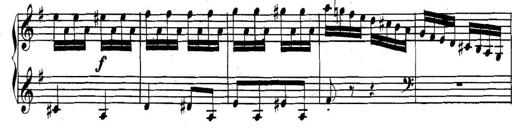
Title: Collected Piano Sonatas
Composer: Muzio Clementi